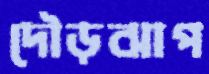
দৌড়ঝাপ